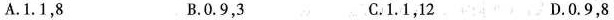
A.1.1，8 B.0.9，3 C.1.1，12 D.0.9，8